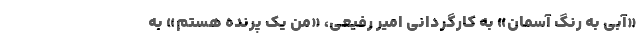
«آبی به رنگ آسمان» به کارگردانی امیر رفیعی، «من یک پرنده هستم» به